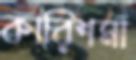
কারিশমা